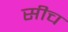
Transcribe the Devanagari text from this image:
सीच